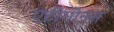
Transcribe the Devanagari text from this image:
एंटीगोनस